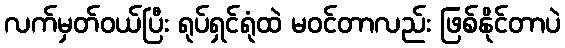
လက်မှတ်ဝယ်ပြီး ရုပ်ရှင်ရုံထဲ မဝင်တာလည်း ဖြစ်နိုင်တာပဲ